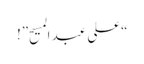
“علی عبد المسیح”!